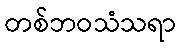
တစ်ဘဝသံသရာ